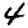
Digit: 4